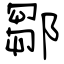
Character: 鄒